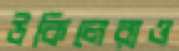
উকিলেরাও